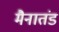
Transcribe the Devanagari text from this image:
मैनातंड